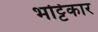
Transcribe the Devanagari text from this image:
भट्टिकार